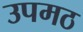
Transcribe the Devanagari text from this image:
उपमठ